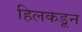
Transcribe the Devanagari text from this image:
हिलकडून